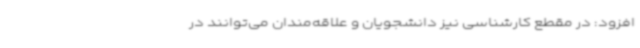
افزود: در مقطع کارشناسی نیز دانشجویان و علاقه‌مندان می‌توانند در